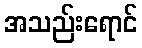
အသည်းရောင်